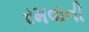
રમવાની